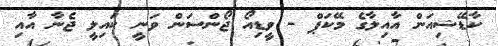
ކާޑޭޝިއަން އާއިލާގެ މޭކަޕް - ވީޑިއޯ ޖޯންސަން ވަނީ ކައިލީ ޖެނާ އާއި